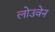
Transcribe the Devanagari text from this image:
लोउवेन